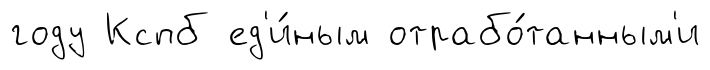
году Кспб ед'и́ным отрабо́танным'и